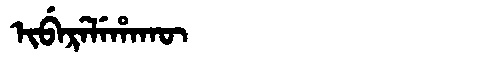
Manchu: ᡳᠪᡝᡵᡝᠯᡝᡥᠠᡴᡡ
Romanization: IBERELEHAKŪ